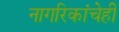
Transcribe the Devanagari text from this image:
नागरिकांचेही